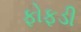
ફોફડી